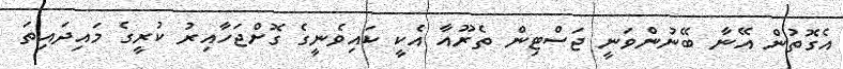
އެގޮތުން އޭނާ ބޭނުންވަނީ ޖަސްޓިން ތެރޫއާ އެކީ ކައިވެނީގެ ގޮށްޖަހާއިރު ކުރީގެ މައިދައިތަ